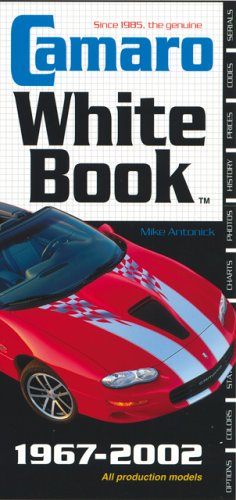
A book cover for Camaro White Book; Mike Antonick; Engineering & Transportation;